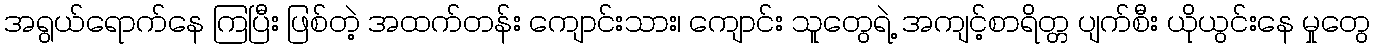
အရွယ်ရောက်နေ ကြပြီး ဖြစ်တဲ့ အထက်တန်း ကျောင်းသား၊ ကျောင်း သူတွေရဲ့ အကျင့်စာရိတ္တ ပျက်စီး ယိုယွင်းနေ မှုတွေ